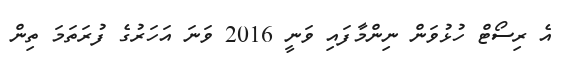
އެ ރިސޯޓް ހުޅުވަން ނިންމާފައި ވަނީ 2016 ވަނަ އަހަރުގެ ފުރަތަމަ ތިން